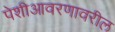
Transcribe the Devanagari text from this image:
पेशीआवरणावरील